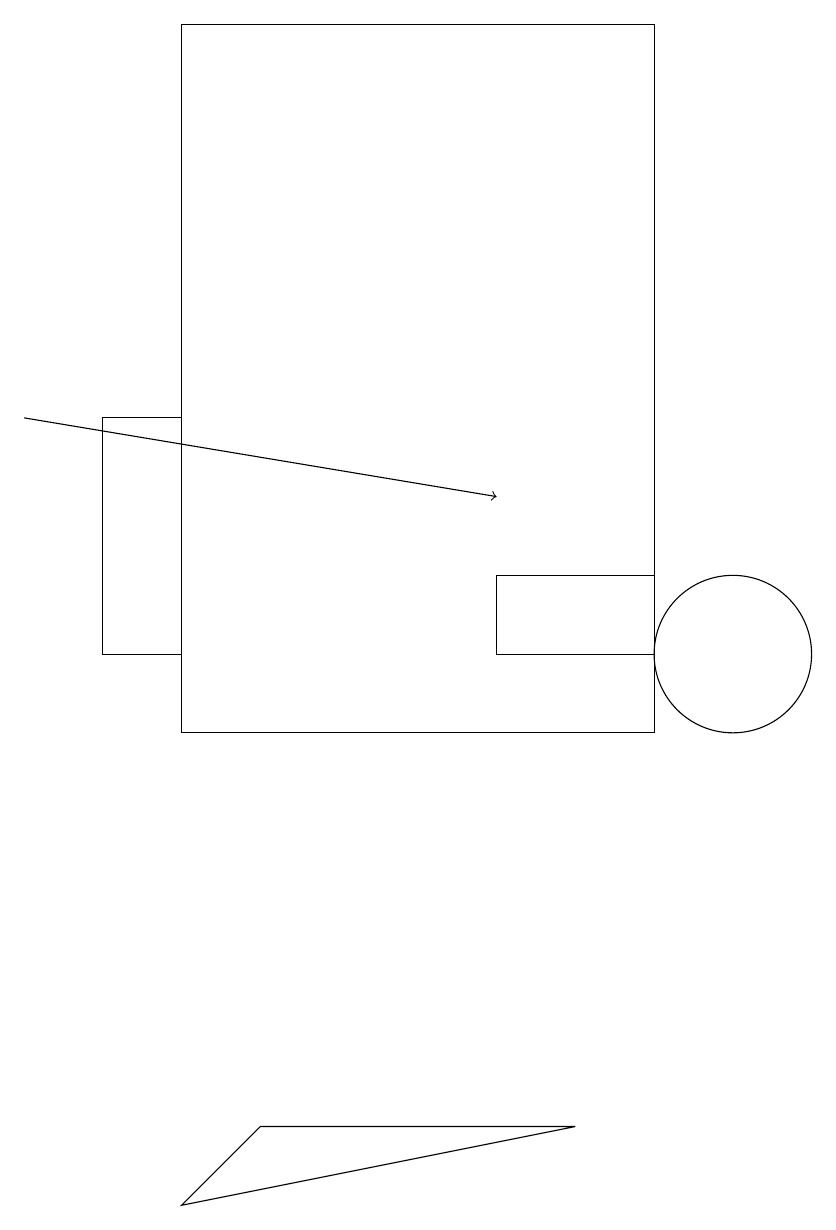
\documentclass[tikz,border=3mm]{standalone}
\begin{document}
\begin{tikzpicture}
\draw (3,14) rectangle (2,11);
\draw (3,4) -- (8,5) -- (4,5) -- cycle;
\draw[->] (1,14) -- (7,13);
\draw (10,11) circle (0);
\draw (9,12) rectangle (7,11);
\draw (3,10) rectangle (9,19);
\draw (10,11) circle (1);
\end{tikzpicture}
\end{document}